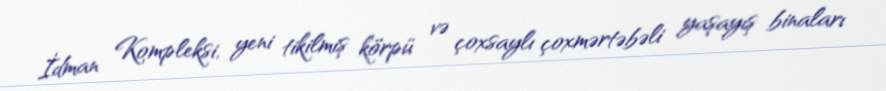
İdman Kompleksi, yeni tikilmiş körpü və çoxsaylı çoxmərtəbəli yaşayış binaları